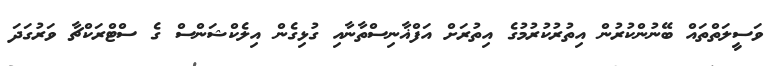
ވަސީލަތްތައް ބޭނުންކުރުން އިތުރުކުރުމުގެ އިތުރަށް އަފްޣާނިސްތާނާއި ގުޅިގެން އިލެކްޝަންސް ގެ ސްޓްރަކްޗާ ވަރުގަދަ